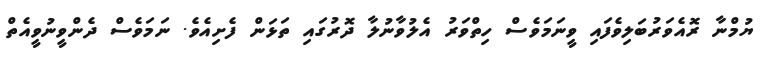
ޔުމްނާ ރޮއެވަރުބަލިވެފައި ވީނަމަވެސް ހިތްވަރު އެލުވާނުލާ ދޮރުގައި ތަޅަން ފެށިއެވެ. ނަމަވެސް ދެންވީނުވީއެތް